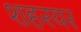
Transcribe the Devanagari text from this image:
शहरयर